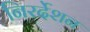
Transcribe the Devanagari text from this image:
निरर्देशन